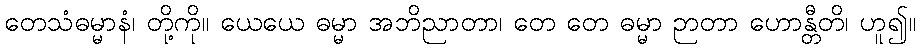
တေသံဓမ္မာနံ၊ တို့ကို။ ယေယေ ဓမ္မာ အဘိညာတာ၊ တေ တေ ဓမ္မာ ဉာတာ ဟောန္တီတိ၊ ဟူ၍။